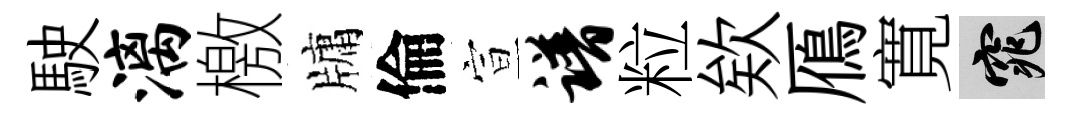
駛漓檄牗倫宣谱粒欸鴈寛窕